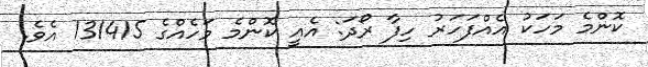
ކޮންމެ މަހަކު އެއްފަހަރު ހިފާ ރޯދަ: އެއީ ކޮންމެ މަހެއްގެ 131415 އެވެ.